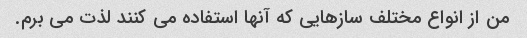
من از انواع مختلف سازهایی که آنها استفاده می کنند لذت می برم.